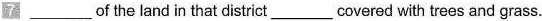
7 ___ of the land in that district___covered with trees and grass.